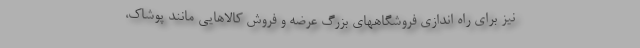
نیز برای راه اندازی فروشگاههای بزرگ عرضه و فروش کالاهایی مانند پوشاک،